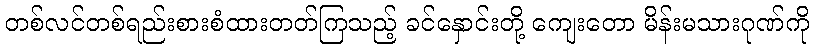
တစ်လင်တစ်ရည်းစားစံထားတတ်ကြသည့် ခင်နှောင်းတို့ ကျေးတော မိန်းမသားဂုဏ်ကို